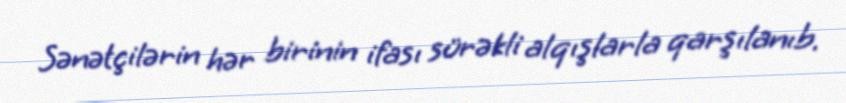
Sənətçilərin hər birinin ifası sürəkli alqışlarla qarşılanıb.